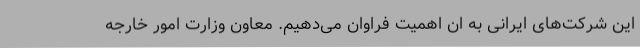
این شرکت‌های ایرانی به ان اهمیت فراوان می‌دهیم. معاون وزارت امور خارجه